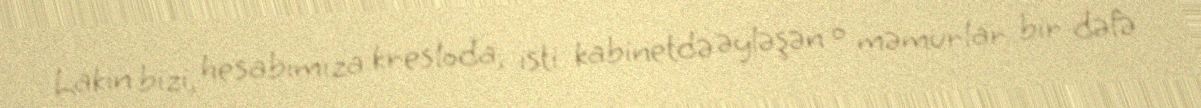
Lakin bizi, hesabımıza kresloda, isti kabinetdə əyləşən o məmurlar bir dəfə